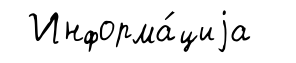
Информа́циjа